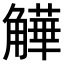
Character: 𧤻